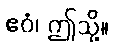
ဧဝံ၊ ဤသို့။